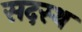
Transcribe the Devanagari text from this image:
सदस्थ